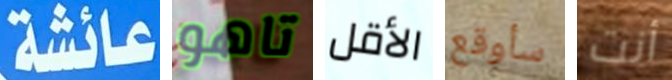
عائشة تاهو الأقل سأوقع أنت